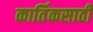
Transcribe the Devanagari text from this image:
कार्तिकसाठी